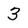
Character: 3